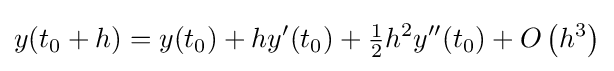
y(t_{0}+h)=y(t_{0})+hy'(t_{0})+{\tfrac {1}{2}}h^{2}y''(t_{0})+O\left(h^{3}\right)